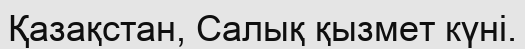
Қазақстан, Салық қызмет күні.